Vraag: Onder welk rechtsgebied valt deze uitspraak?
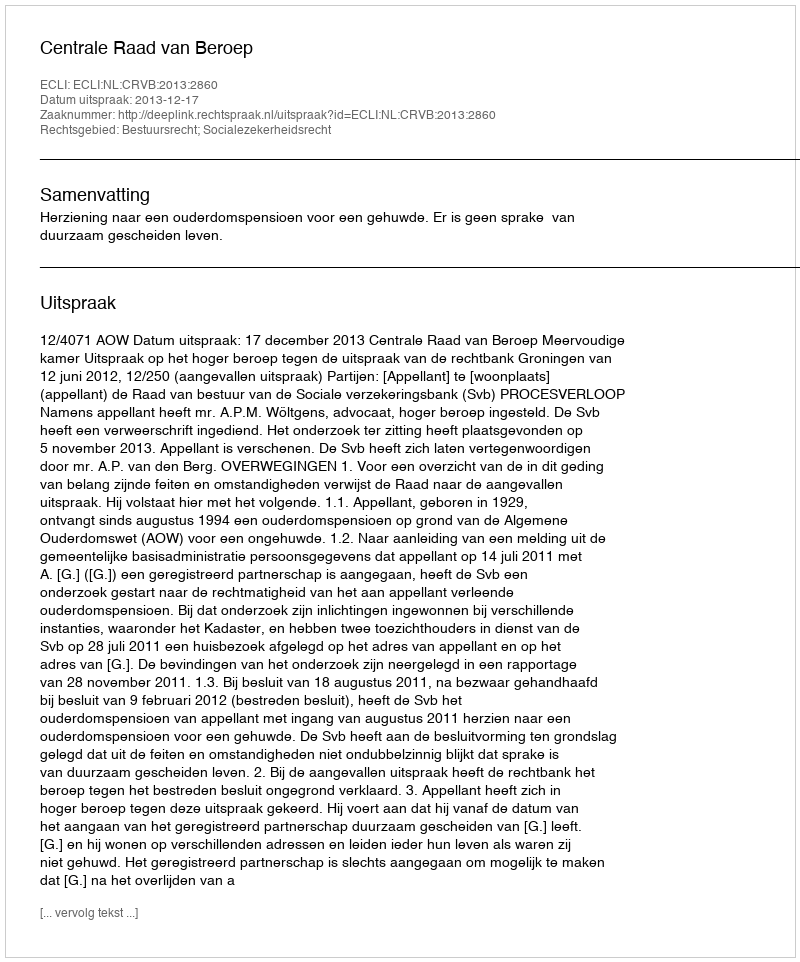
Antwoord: Bestuursrecht; Socialezekerheidsrecht